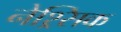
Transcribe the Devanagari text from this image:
नेश्र्सिक